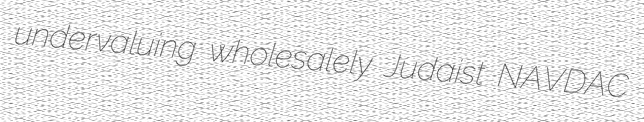
undervaluing wholesalely Judaist NAVDAC